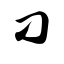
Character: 刁